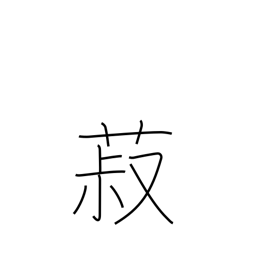
Meaning: beans